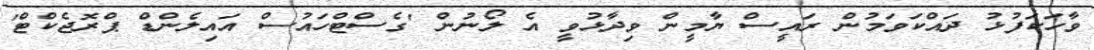
ވާހަކަފުޅު ދައްކަވަމުން ރައީސް ޔާމީން ވިދާޅުވީ އެ ލޯނުން 'ގެސްޓްހައުސް އައިލެންޑް ޕްރޮޖެކްޓް'